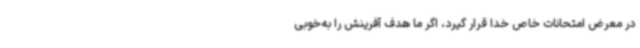
در معرض امتحانات خاص خدا قرار گیرد، اگر ما هدف آفرینش را به‌خوبی